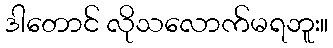
ဒါတောင် လိုသလောက်မရဘူး။